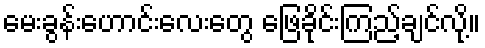
မေးခွန်းဟောင်းလေးတွေ ဖြေခိုင်းကြည့်ချင်လို့။